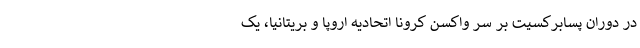
در دوران پسابرکسیت بر سر واکسن کرونا اتحادیه اروپا و بریتانیا، یک